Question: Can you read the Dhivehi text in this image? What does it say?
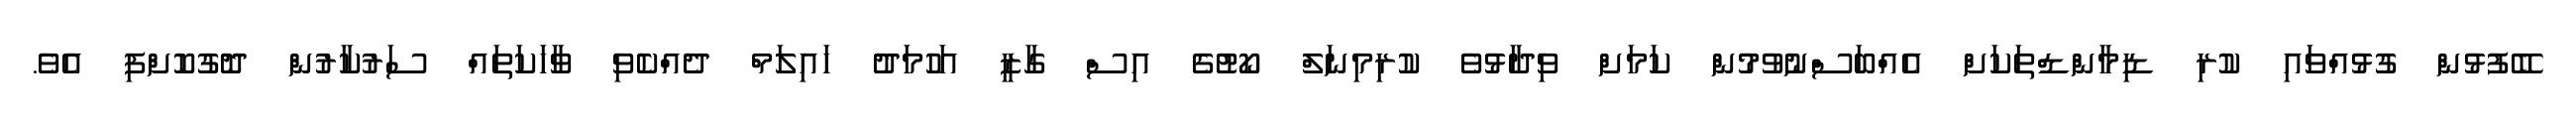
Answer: ބޭފުޅުން ގުޅުއްވައި ކުރި ޑިމާންޑްތަކަށް އެއްބަސްނުވުމުން ކަމަށް ވިދާޅުވެ ކުރިމިނަލް ކޯޓުގެ އިސް ގާޒީ އަހުމަދު ހައިލަމް ދެއްކެވި ވާހަކަތައް ސަރުކާރުން ދޮގުކޮށްފި އެވެ.